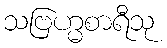
သဗြဟ္မစာရီသု